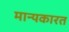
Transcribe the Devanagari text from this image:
मान्यकारत